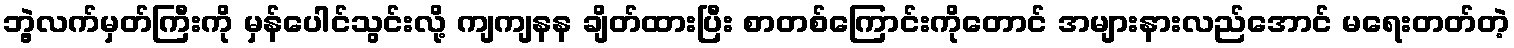
ဘွဲ့လက်မှတ်ကြီးကို မှန်ပေါင်သွင်းလို့ ကျကျနန ချိတ်ထားပြီး စာတစ်ကြောင်းကိုတောင် အများနားလည်အောင် မရေးတတ်တဲ့